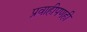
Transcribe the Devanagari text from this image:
प्रवाहीपणही